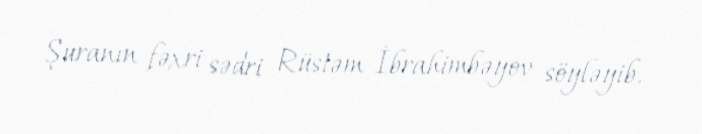
Şuranın fəxri sədri Rüstəm İbrahimbəyov söyləyib.